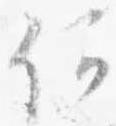
何